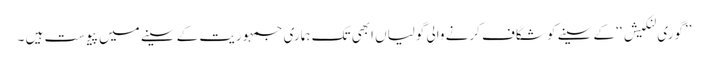
’’گوری لنکیش ‘‘کے سینے کو شگاف کرنے والی گولیاں ابھی تک ہماری جمہوریت کے سینے میں پیوست ہیں ۔